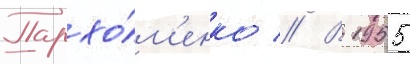
Пархо́м'енко // В 1955